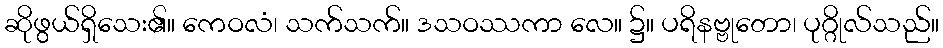
ဆိုဖွယ်ရှိသေး၏။ ကေဝလံ၊ သက်သက်။ ဒသဝဿကာ လေ။ ၌။ ပရိနဗ္ဗုတော၊ ပုဂ္ဂိုလ်သည်။